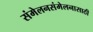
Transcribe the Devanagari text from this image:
संमेलनसंमेलनासाठी